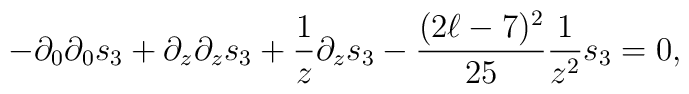
-\partial_0\partial_0   s_3 + \partial_z\partial_z   s_3+ {1\over z}\partial_z   s_3 -{(2\ell-7)^2\over 25}{1\over z^2}  s_3=0,